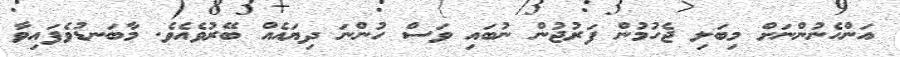
އަންހެނުންނަށް މިބަލި ޖެހުމުން ފަރުޖުން ނުބައި ވަސް ހުންނަ ދިޔައެއް ބޭރުވެއެވެ. މާބަނޑުވެފައިވާ